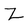
Character: Z